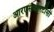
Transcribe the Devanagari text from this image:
आरएसआरटीसी